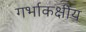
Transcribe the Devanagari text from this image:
गर्भाकक्षीय